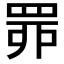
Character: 𦊿